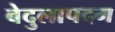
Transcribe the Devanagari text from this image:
बेदुलापदम